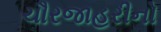
ચૌરજાહરીનો